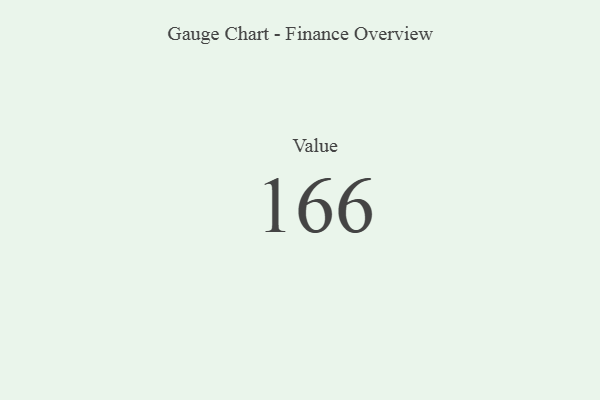
{"axis": {"x": "Metric", "y": "Value"}, "legend": [""], "data": [{"x": "Value", "y": 166, "type": ""}]}